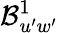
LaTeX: \mathcal{B}_{u^{\prime}w^{\prime}}^{1}